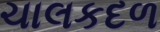
ચાલકદળ